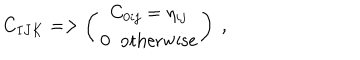
LaTeX: C _ { I J K } = > \left( \begin{matrix} { { C _ { 0 i j } = \eta _ { i j } } } \\ { { 0 \; \; \mathrm { o t h e r w i s e } } } \\ \end{matrix} \right) \ ,